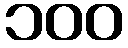
၁၀၀